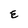
Character: E